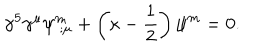
LaTeX: \gamma ^ { 5 } \gamma ^ { \mu } \psi _ { \ ; \mu } ^ { m } + \left( \kappa - { \frac { 1 } { 2 } } \right) \psi ^ { m } = 0 .